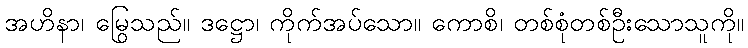
အဟိနာ၊ မြွေသည်။ ဒဋ္ဌော၊ ကိုက်အပ်သော။ ကောစိ၊ တစ်စုံတစ်ဦးသောသူကို။